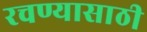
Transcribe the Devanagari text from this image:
रचण्यासाठी